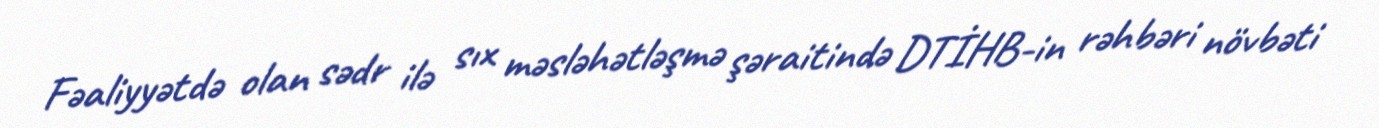
Fəaliyyətdə olan sədr ilə sıx məsləhətləşmə şəraitində DTİHB-in rəhbəri növbəti